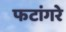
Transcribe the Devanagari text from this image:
फटांगरे